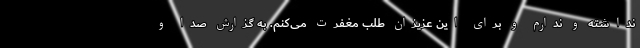
نداشته و ندارم و برای این عزیزان طلب مغفرت می‌کنم. به گزارش صدا و